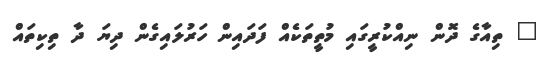
" ތިއާގެ ދޮން ނިއްކުރީގައި މުތީތަކެއް ފަދައިން ހަރުލައިގެން ދިޔަ ދާ ތިކިތައް